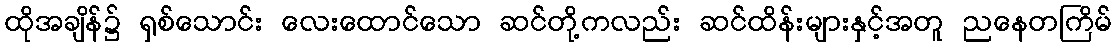
ထိုအချိန်၌ ရှစ်သောင်း လေးထောင်သော ဆင်တို့ကလည်း ဆင်ထိန်းများနှင့်အတူ ညနေတကြိမ်